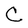
Character: C